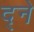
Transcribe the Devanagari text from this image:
द्ने